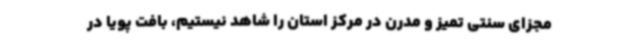
مجزای سنتی تمیز و مدرن در مرکز استان را شاهد نیستیم، بافت پویا در